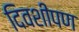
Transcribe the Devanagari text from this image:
दिवशीपण